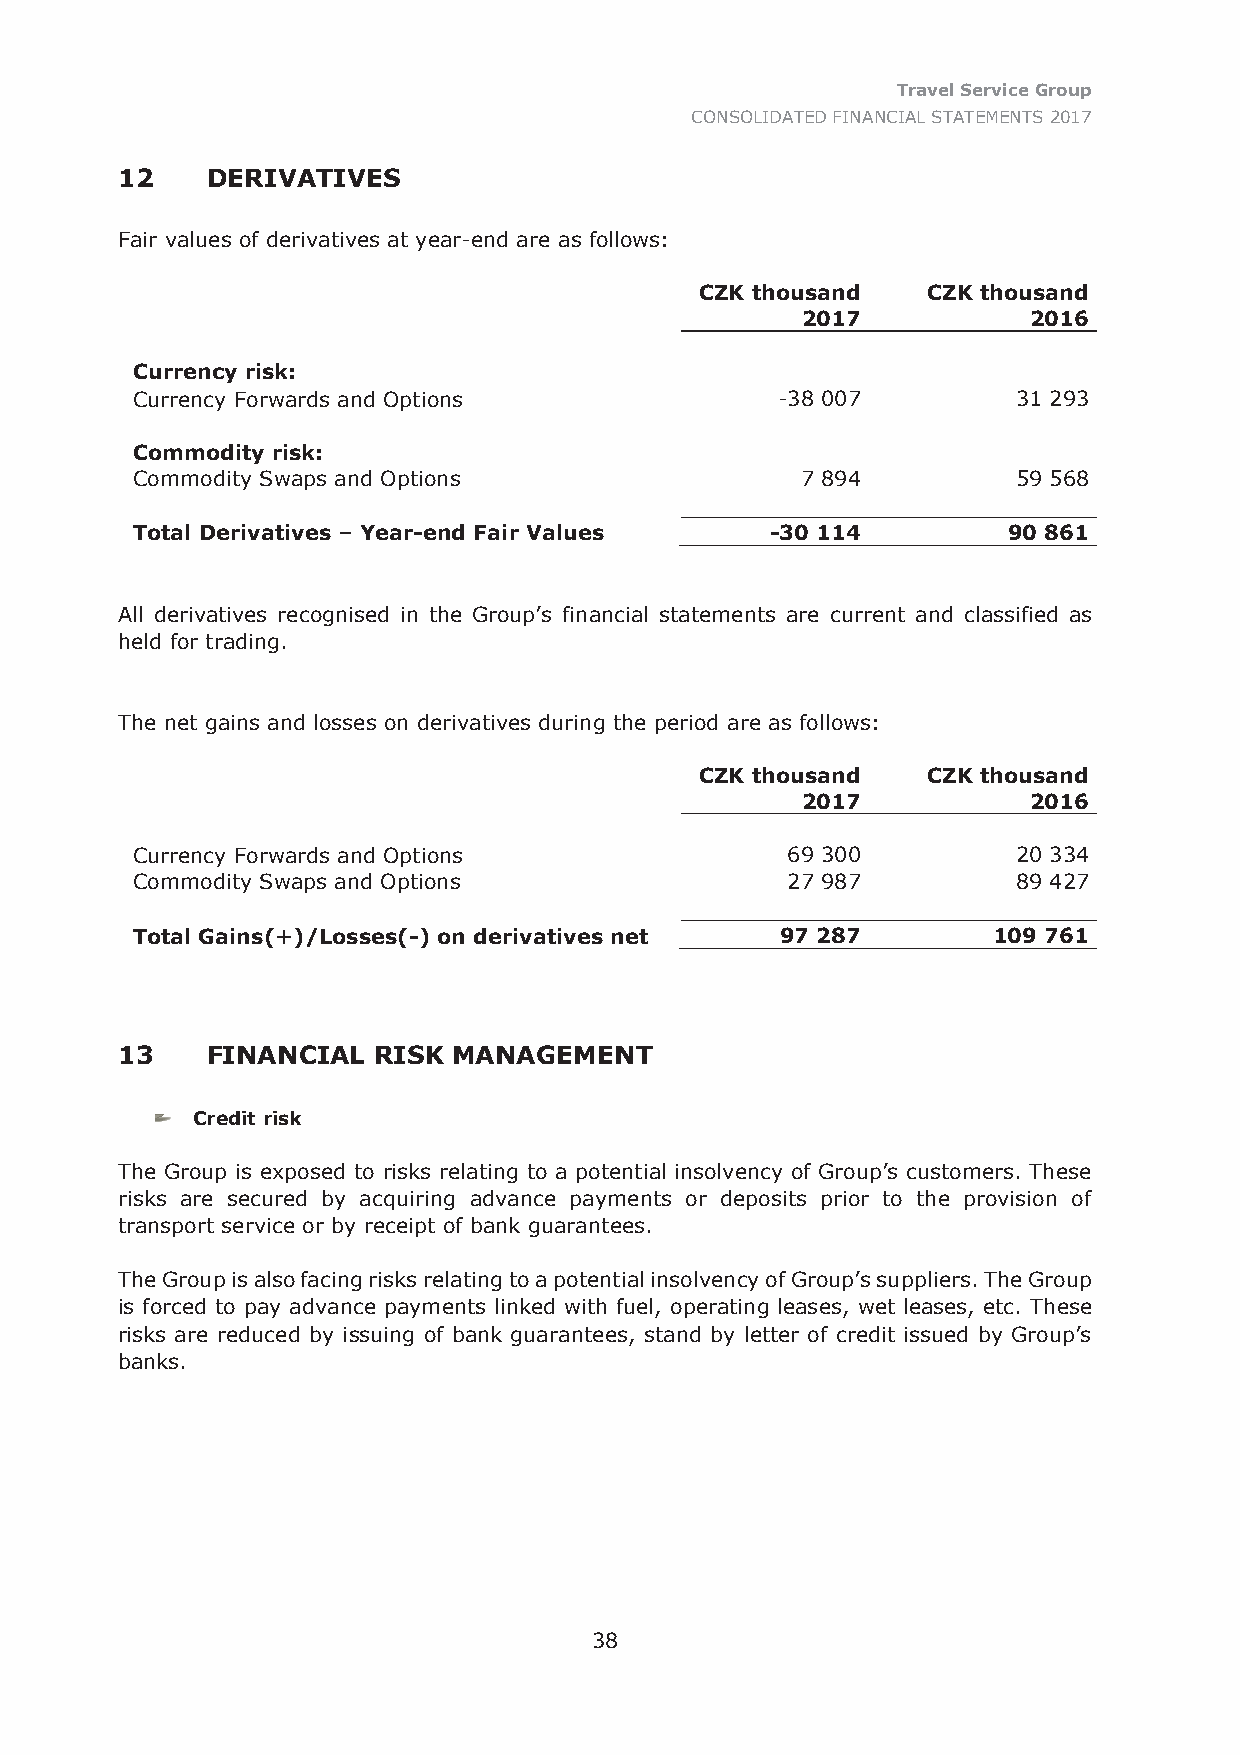
Travel Service Group
 CONSOLIDATED FINANCIAL STATEMENTS 2017
 12    DERIVATIVES
 Fair values of derivatives at year-end are as follows:
 CZK thousand   CZK thousand
 2017           2016
 Currency risk:
 Currency Forwards and Options             -38 007         31 293
 Commodity risk:
 Commodity Swaps and Options                 7 894         59 568
 Total Derivatives – Year-end Fair Values  -30 114         90 861
 All derivatives recognised in the Group’s financial statements are current and classified as
 held for trading.
 The net gains and losses on derivatives during the period are as follows:
 CZK thousand   CZK thousand
 2017           2016
 Currency Forwards and Options              69 300         20 334
 Commodity Swaps and Options                27 987         89 427
 Total Gains(+)/Losses(-) on derivatives net 97 287       109 761
 13    FINANCIAL  RISK MANAGEMENT
 Credit risk
 The Group is exposed to risks relating to a potential insolvency of Group’s customers. These
 risks are secured by acquiring advance payments or deposits prior to the provision of
 transport service or by receipt of bank guarantees.
 The Group is also facing risks relating to a potential insolvency of Group’s suppliers. The Group
 is forced to pay advance payments linked with fuel, operating leases, wet leases, etc. These
 risks are reduced by issuing of bank guarantees, stand by letter of credit issued by Group’s
 banks.
 38